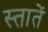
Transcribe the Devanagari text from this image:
स्तातें